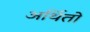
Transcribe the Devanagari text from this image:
अर्थितो